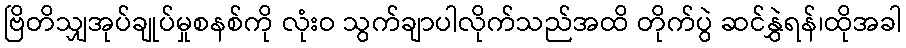
ဗြိတိသျှအုပ်ချုပ်မှုစနစ်ကို လုံးဝ သွက်ချာပါလိုက်သည်အထိ တိုက်ပွဲ ဆင်နွှဲရန်၊ထိုအခါ